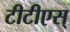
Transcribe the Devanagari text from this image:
टीटीएस्